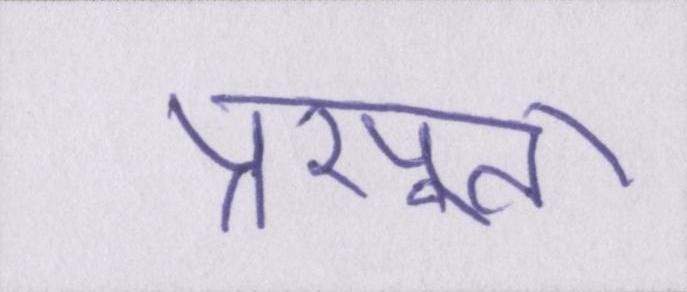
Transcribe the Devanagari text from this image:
प्रसूता